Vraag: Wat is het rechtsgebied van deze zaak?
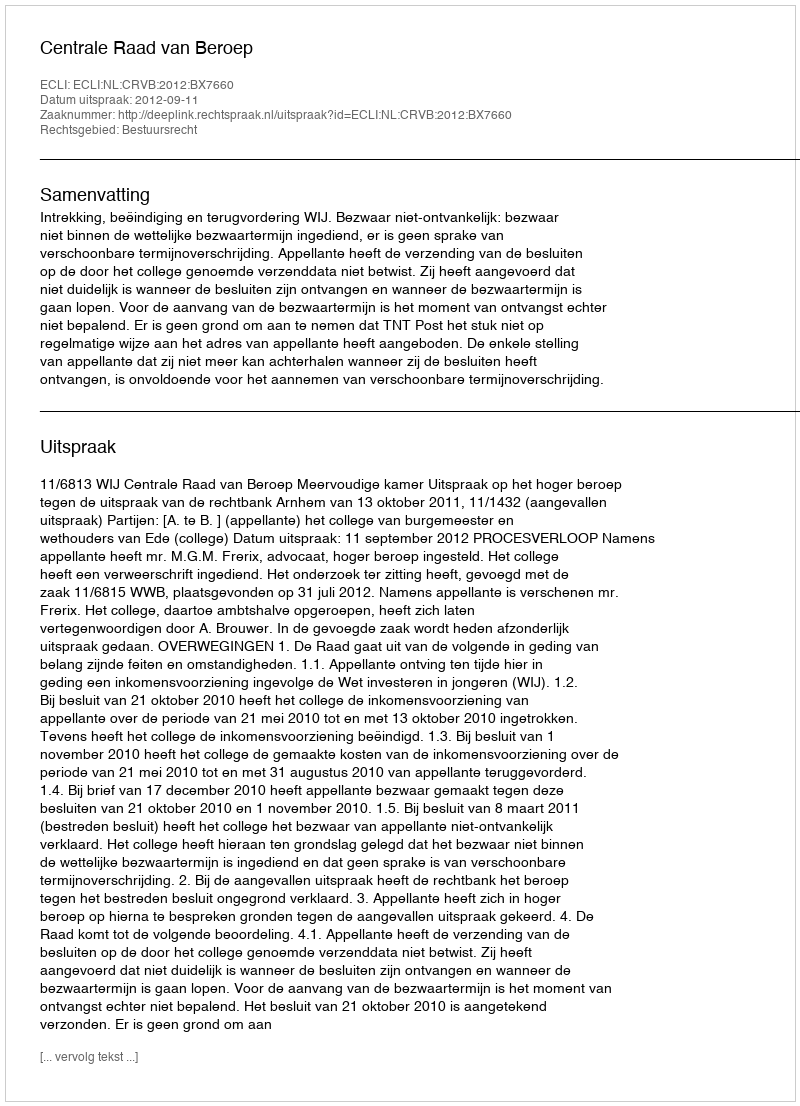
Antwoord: Bestuursrecht